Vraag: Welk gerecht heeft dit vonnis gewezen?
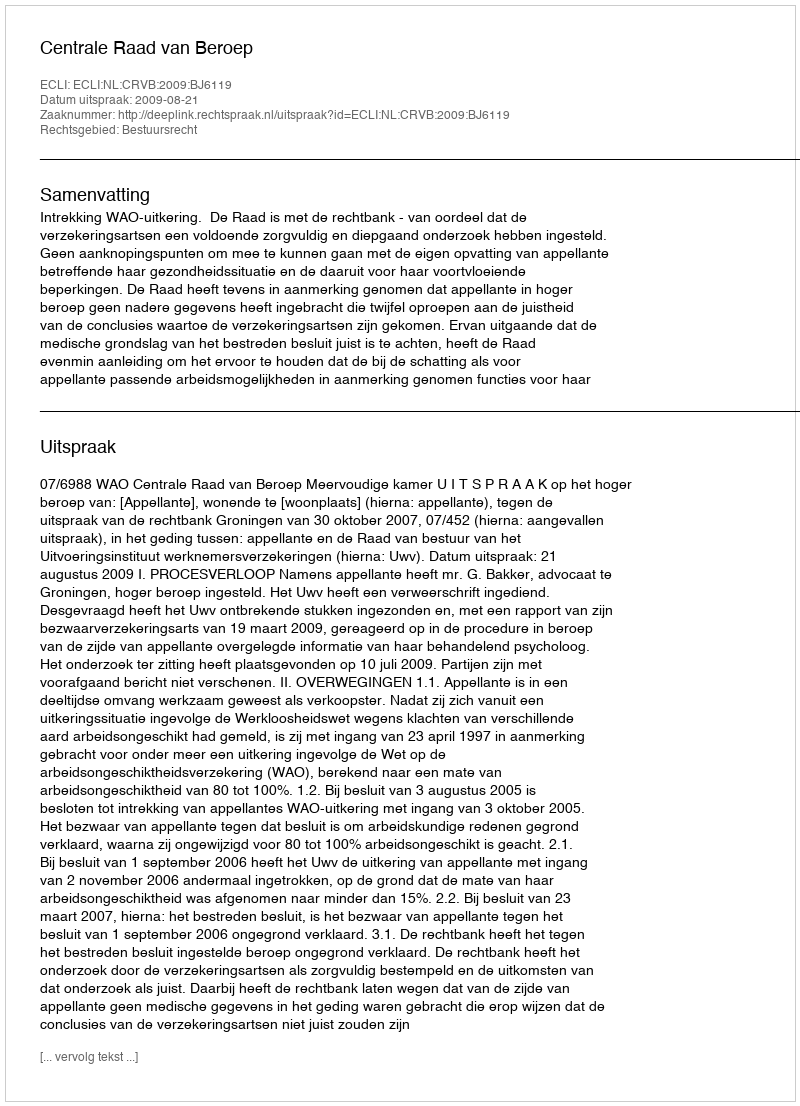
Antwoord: Centrale Raad van Beroep